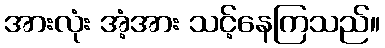
အားလုံး အံ့အား သင့်နေကြသည်။